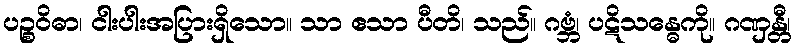
ပဉ္စဝိဓာ၊ ငါးပါးအပြားရှိသော။ သာ ဧသာ ပီတိ၊ သည်။ ဂဗ္ဘံ၊ ပဋိသန္ဓေကို။ ဂဏှန္တီ၊